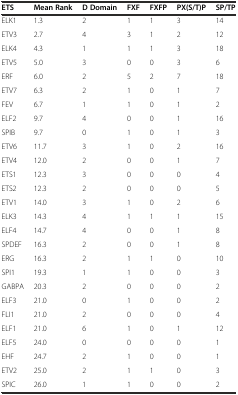
| ETS | Mean Rank | D Domain | FXF | FXFP | PX(S/T)P | SP/TP |
 | --- | --- | --- | --- | --- | --- | --- |
 | ELK1 | 1.3 | 2 | 1 | 1 | 3 | 14 |
 | ETV3 | 2.7 | 4 | 3 | 1 | 2 | 12 |
 | ELK4 | 4.3 | 1 | 1 | 1 | 3 | 18 |
 | ETV5 | 5.0 | 3 | 0 | 0 | 3 | 6 |
 | ERF | 6.0 | 2 | 5 | 2 | 7 | 18 |
 | ETV7 | 6.3 | 2 | 1 | 0 | 1 | 7 |
 | FEV | 6.7 | 1 | 1 | 0 | 1 | 2 |
 | ELF2 | 9.7 | 4 | 0 | 0 | 1 | 16 |
 | SPIB | 9.7 | 0 | 1 | 0 | 1 | 3 |
 | ETV6 | 11.7 | 3 | 1 | 0 | 2 | 16 |
 | ETV4 | 12.0 | 2 | 0 | 0 | 1 | 7 |
 | ETS1 | 12.3 | 3 | 0 | 0 | 0 | 4 |
 | ETS2 | 12.3 | 2 | 0 | 0 | 0 | 5 |
 | ETV1 | 14.0 | 3 | 1 | 0 | 2 | 6 |
 | ELK3 | 14.3 | 4 | 1 | 1 | 1 | 15 |
 | ELF4 | 14.7 | 4 | 0 | 0 | 1 | 8 |
 | SPDEF | 16.3 | 2 | 0 | 0 | 1 | 8 |
 | ERG | 16.3 | 2 | 1 | 1 | 0 | 10 |
 | SPI1 | 19.3 | 1 | 1 | 0 | 0 | 3 |
 | GABPA | 20.3 | 2 | 0 | 0 | 0 | 2 |
 | ELF3 | 21.0 | 0 | 1 | 0 | 0 | 2 |
 | FLI1 | 21.0 | 2 | 0 | 0 | 0 | 4 |
 | ELF1 | 21.0 | 6 | 1 | 0 | 1 | 12 |
 | ELF5 | 24.0 | 0 | 0 | 0 | 0 | 1 |
 | EHF | 24.7 | 2 | 1 | 0 | 0 | 1 |
 | ETV2 | 25.0 | 2 | 1 | 1 | 0 | 3 |
 | SPIC | 26.0 | 1 | 1 | 0 | 0 | 2 |